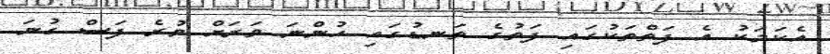
އެކަމަކު އެ ފަތްތަކުގައި ފަތުގެ ތަނޑުގައި ހުންނަ ވަރަށް ވުރެ ފަސް ގުނަ